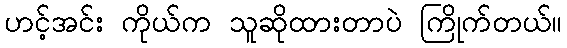
ဟင့်အင်း ကိုယ်က သူဆိုထားတာပဲ ကြိုက်တယ်။